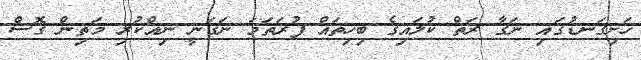
ހަށިގަނޑުގައި ނަގާ ރަތް ކުލައިގެ ބިހިތައް ފުރަތަމަ ނަގަނީ ނިއްކުރި މަތިން ގޮސް